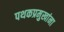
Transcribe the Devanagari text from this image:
पथकप्रमुखांना